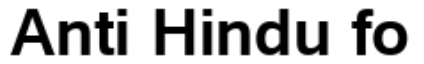
Anti Hindu fo